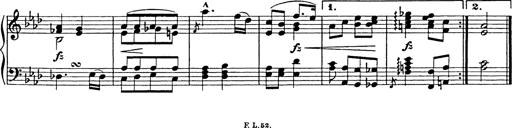
Title: 8 Variations
Composer: Franz Liszt
Key: A-flat major